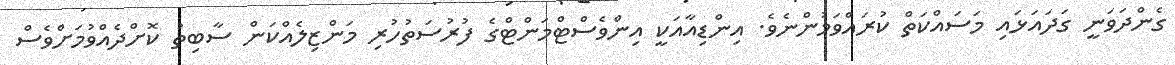
ގެންދަވަނީ ގަދައަޅައި މަސައްކަތް ކުރައްވަމުންނެވެ. އިންޑިއާއަކީ އިންވެސްޓްމަންޓްގެ ފުރުސަތުހުރި މަންޒިލެއްކަން ސާބިތު ކޮށްދެއްވުމަށްވެސް